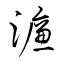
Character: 濂